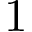
1